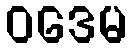
ဝဒေမ